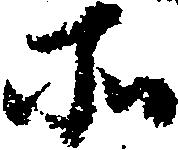
所